Leningradi_Edasi_toimetus, lk 26
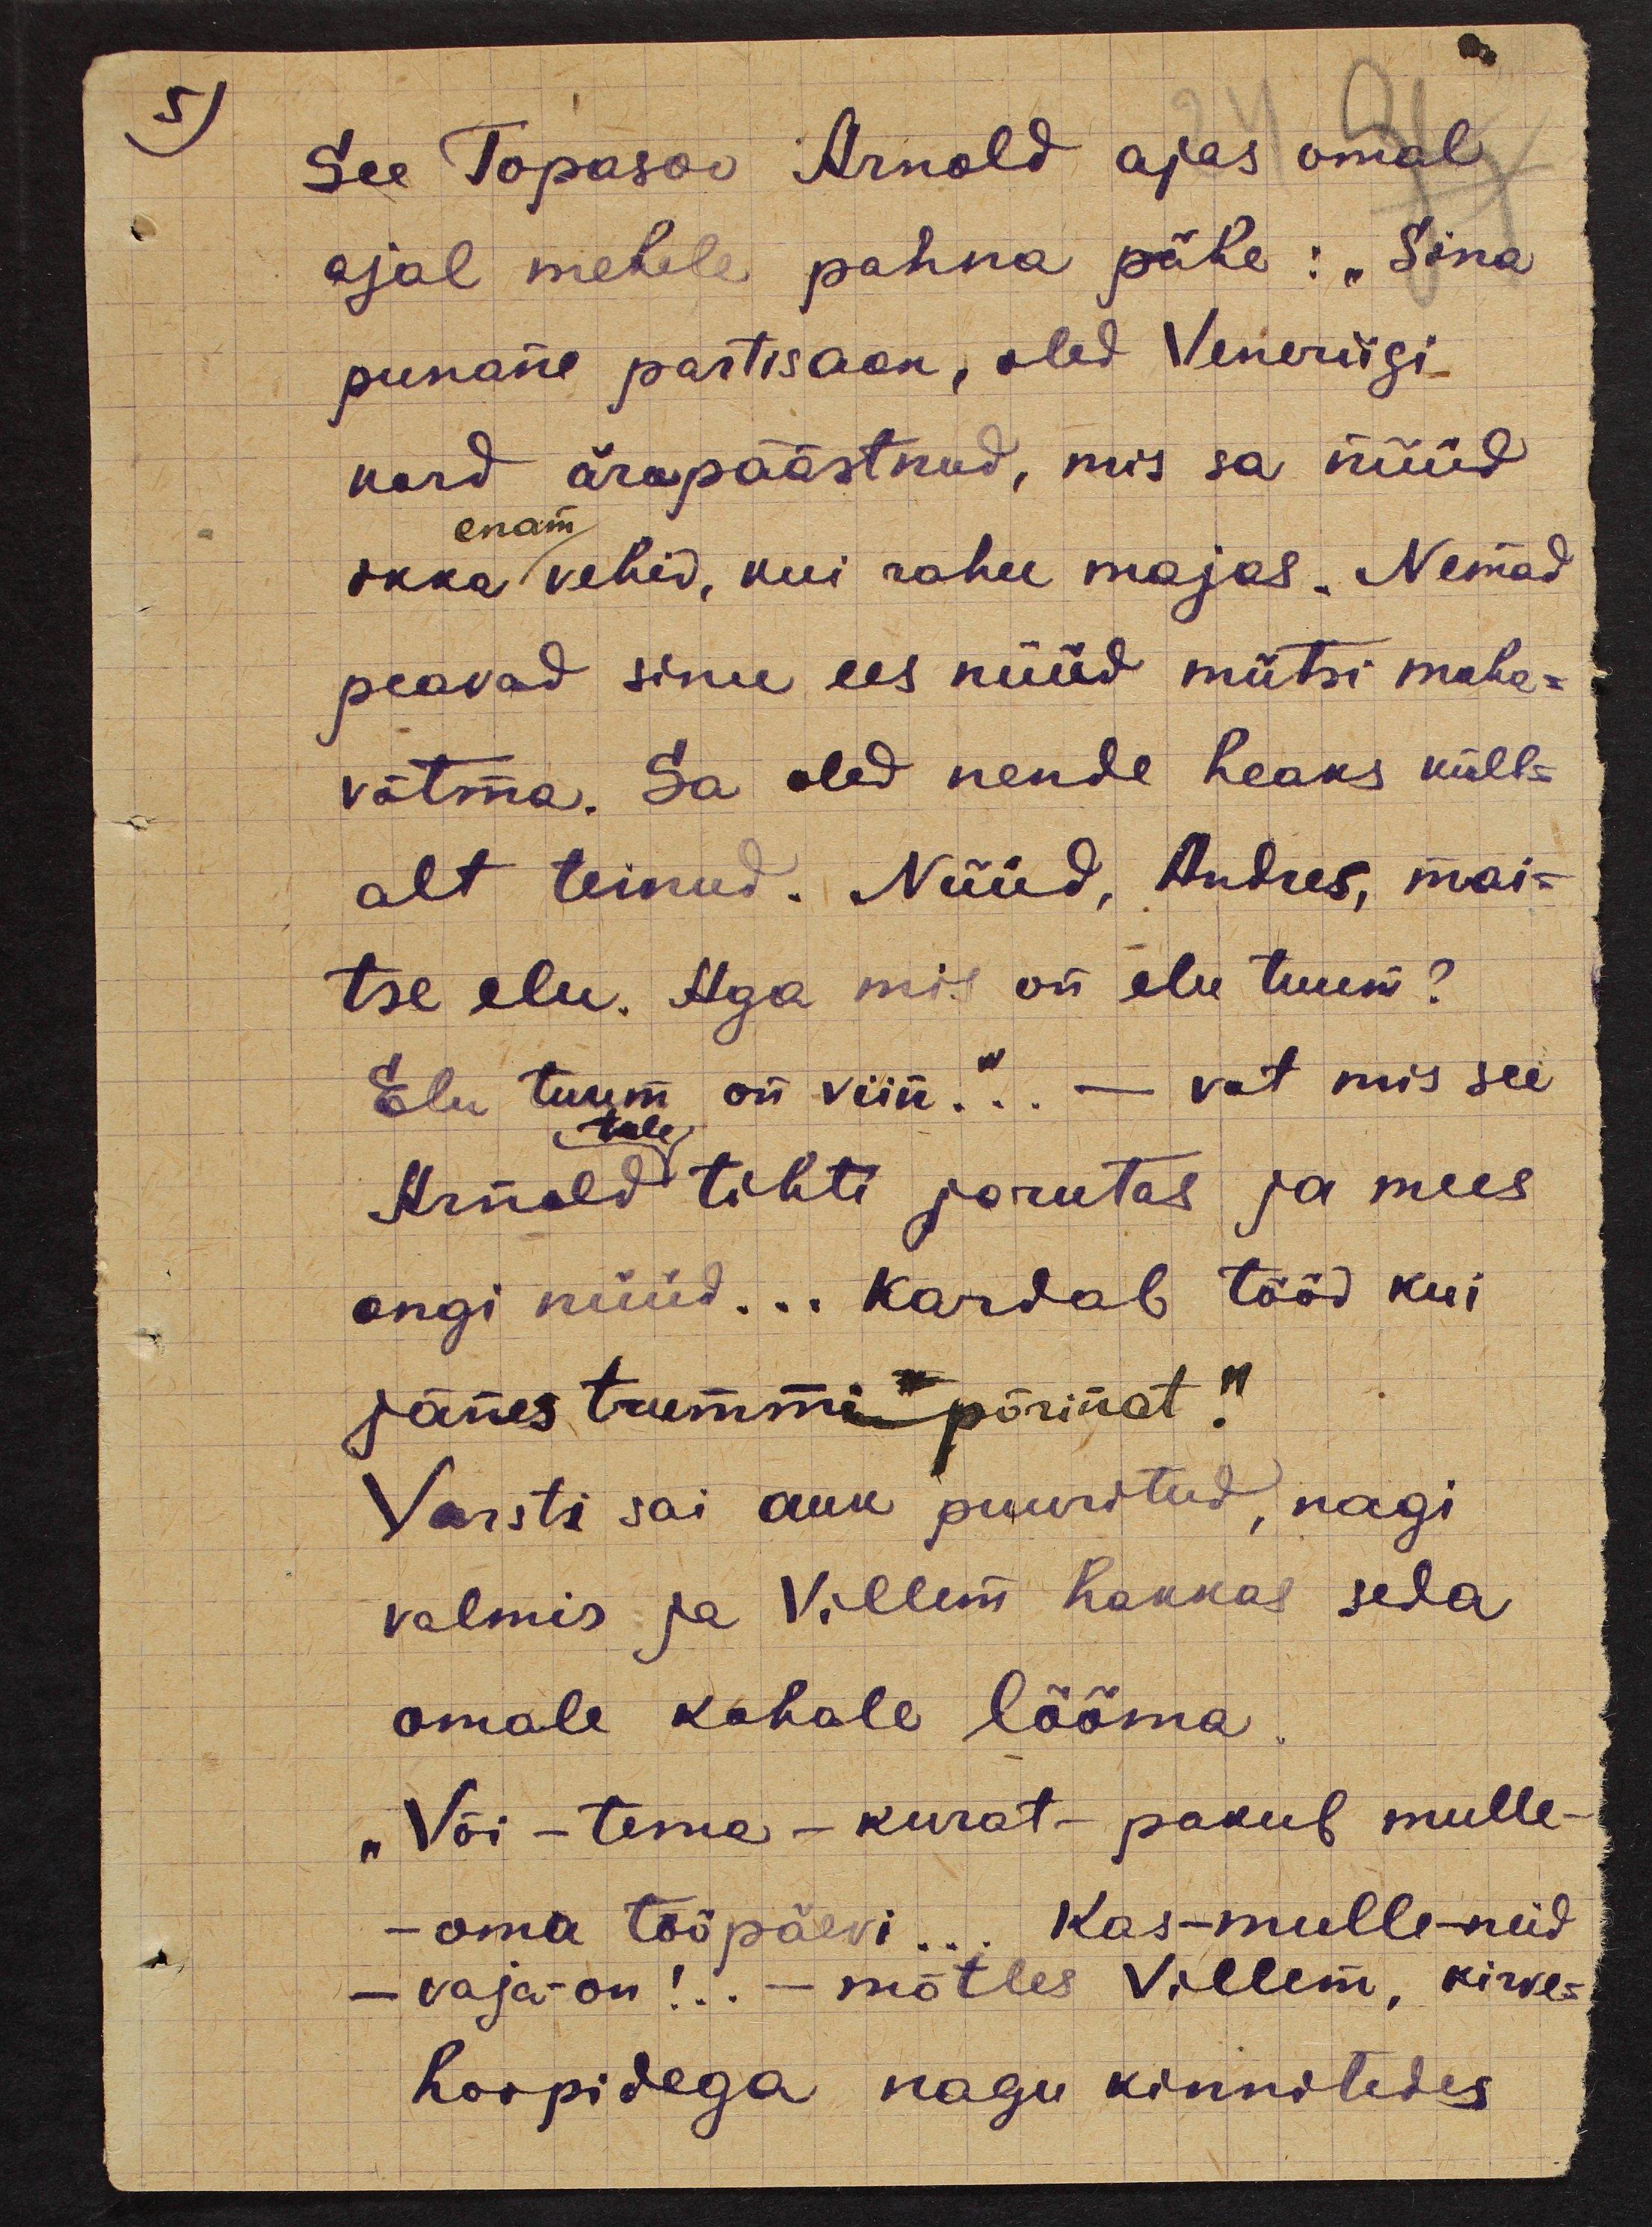
5)

See Topasoo Arnold ajas omal
ajal mehele pahna pähe : "Sina
punane partisaan, oled Veneriigi
kord ärapäästnud, mis sa nüüd
enam
ikka vehid, kui rahu majas. Nemad
peavad sinu ees nüüd mütsi maha-
võtma. Sa oled nende heaks küll-
alt teinud. Nüüd, Andres, mai-
tse elu. Aga mis on elu tuum?
Elu tuum on viin.".. - vat mis see
tale
Arnold tihti jorutas ja mees
ongi nüüd... Kardab tööd kui
jänes trummipõrinat."
Varsti sai auk puuritud, nagi
valmis ja Villem hakkas seda
omale kohale lööma
"Või - tema - kurat - pakub mulle-
- oma tööpäevi... Kas-mulle-neid
- vaja-on!.. - mõtles Villem, kirve-
hoopidega nagu kinnitedes